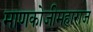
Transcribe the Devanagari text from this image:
माणकोजीमहाराज